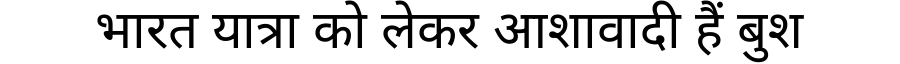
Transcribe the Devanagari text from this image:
भारत यात्रा को लेकर आशावादी हैं बुश